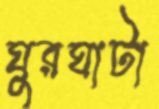
ঘুরঘাটা